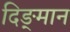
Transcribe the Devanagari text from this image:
दिङ्‌मान